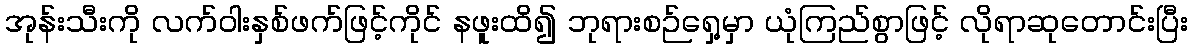
အုန်းသီးကို လက်ဝါးနှစ်ဖက်ဖြင့်ကိုင် နဖူးထိ၍ ဘုရားစဉ်ရှေ့မှာ ယုံကြည်စွာဖြင့် လိုရာဆုတောင်းပြီး